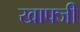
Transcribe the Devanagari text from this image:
खाफ्जी